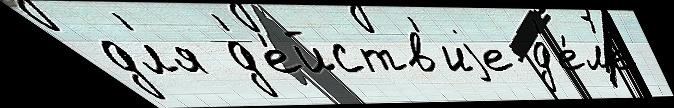
дл'я д'е́йств'иjе д'е́л'е